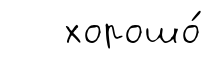
хорошо́